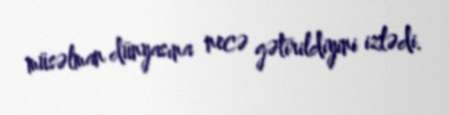
müsəlman dünyasına necə gətirildiyini izlədi.